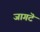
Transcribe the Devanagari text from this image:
जागटॆ